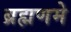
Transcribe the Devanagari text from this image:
ब्रह्मणमे